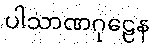
ပါသာဏဂုဠေန